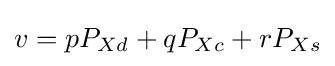
v=pP_{Xd}+qP_{Xc}+rP_{Xs}